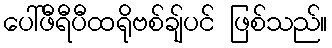
ပေါ်ဖီရီပီထရိုဗစ်ချ်ပင် ဖြစ်သည်။